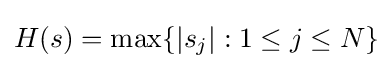
H(s)=\max\{|s_{j}|:1\leq j\leq N\}